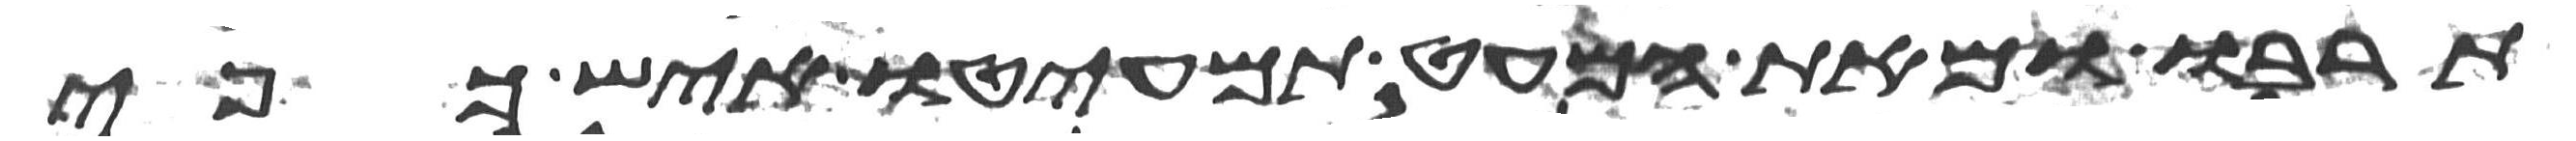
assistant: תרבו ומאת המעט תמעיטו איש כפי